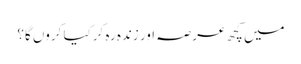
میں کچھ عرصہ اور زندہ رہ کرکیا کروں گا؟